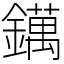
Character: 𨭬